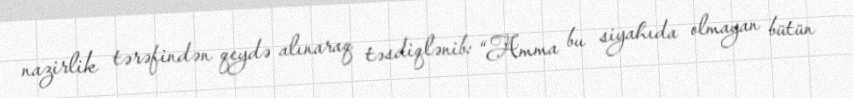
nazirlik tərəfindən qeydə alınaraq təsdiqlənib: “Amma bu siyahıda olmayan bütün